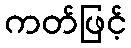
ကတ်ဖြင့်